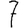
Digit: 7